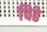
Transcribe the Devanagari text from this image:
चिढे